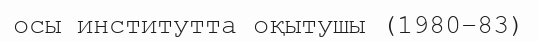
осы институтта оқытушы (1980–83)